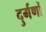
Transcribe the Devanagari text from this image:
दुर्गणों